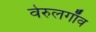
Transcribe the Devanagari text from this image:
वेरुलगाँव